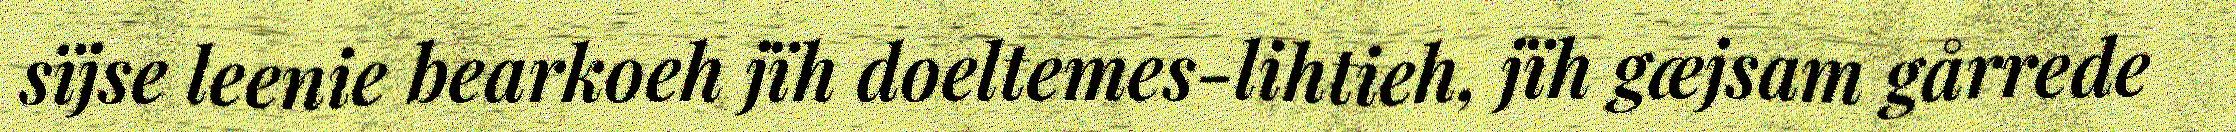
sïjse leenie bearkoeh jïh doeltemes-lihtieh, jïh gæjsam gårrede